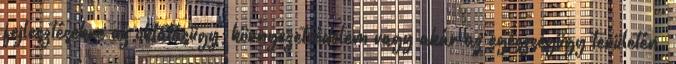
fejlesztésekre az oktatásügy, környezetvédelem vagy akár az egészségügy területén.